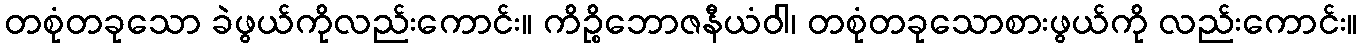
တစုံတခုသော ခဲဖွယ်ကိုလည်းကောင်း။ ကိဉ္စိဘောဇနီယံဝါ၊ တစုံတခုသောစားဖွယ်ကို လည်းကောင်း။